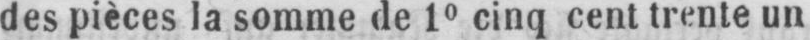
des pièces la somme de 1° cinq cent trente un